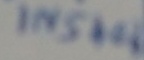
Text: IN5404